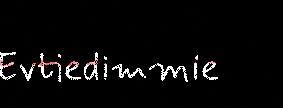
Evtiedimmie